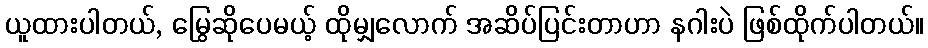
ယူထားပါတယ်, မြွေဆိုပေမယ့် ထိုမျှလောက် အဆိပ်ပြင်းတာဟာ နဂါးပဲ ဖြစ်ထိုက်ပါတယ်။